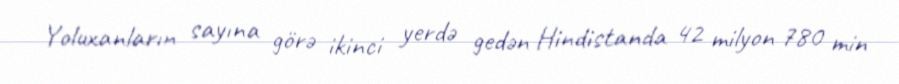
Yoluxanların sayına görə ikinci yerdə gedən Hindistanda 42 milyon 780 min